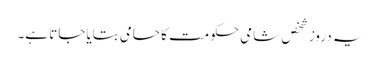
یہ دروز شخص شامی حکومت کا حامی بتایا جاتا ہے۔